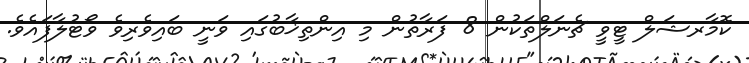
ކޮމާރޝަލް ޓީވީ ޗެނަލްތަކުން 8 ފަރާތުން މި އިންތިޚާބުގައި ވަނީ ބައިވެރިވެ ވޯޓުލާފައެވެ.